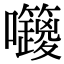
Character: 𡆅